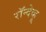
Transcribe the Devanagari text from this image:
रॉन्देव्हू